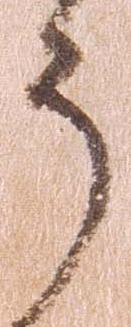
う